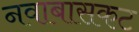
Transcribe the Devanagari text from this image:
नवाबासकट